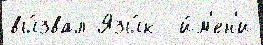
вы́звал Язы́к  и́м'ен'и